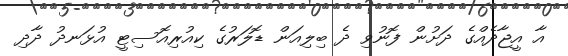
އާ އީޖާދެއްގެ ދަށުން ފޮނުވި ދެ ބިލިއަން ޑޮލަރުގެ ކިއުރިއޮސިޓީ އުޅަނދު ދާދި